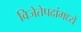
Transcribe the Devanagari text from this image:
विजेतेपदांमध्ये